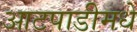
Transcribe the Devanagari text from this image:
आटपाडीमधे